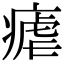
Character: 瘧